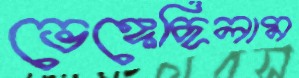
ভেঙ্গেছিলাম